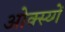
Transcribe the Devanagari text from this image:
ओक्स्य्गें